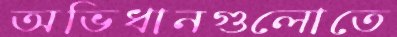
অভিধানগুলোতে